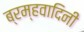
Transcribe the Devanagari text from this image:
ब्रम्हवादिनी